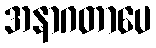
အနာဂတာပေ